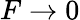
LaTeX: F\rightarrow 0